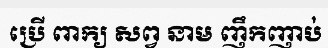
ប្រើ ពាក្យ សព្វ នាម ញឹកញាប់